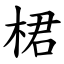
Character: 桾